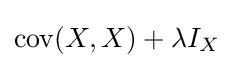
\operatorname {cov} (X,X)+\lambda I_{X}